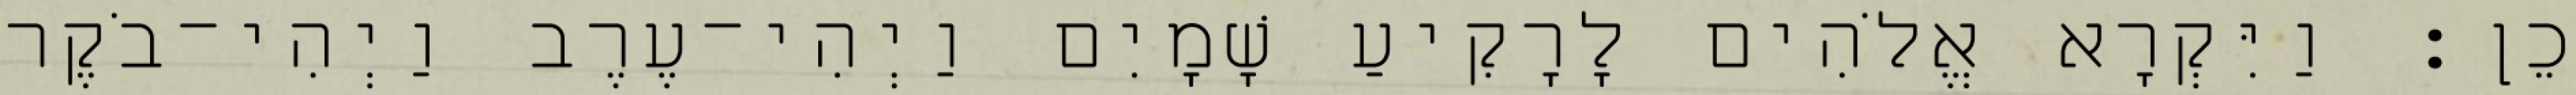
כֵן׃ וַיִּקְרָא אֱלֹהִים לָרָקִיעַ שָׁמָיִם וַיְהִי־עֶרֶב וַיְהִי־בֹקֶר